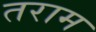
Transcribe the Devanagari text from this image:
तराम